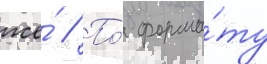
же́ // По́ форма́ту